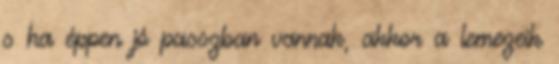
s ha éppen jó passzban vannak, akkor a lemezeik